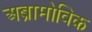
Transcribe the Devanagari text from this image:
अब्रामोविक